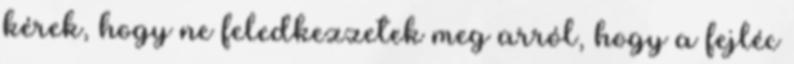
kérek, hogy ne feledkezzetek meg arról, hogy a fejléc